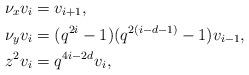
LaTeX: \begin{align*}\nu_x v_i &= v_{i+1} ,\\\nu_y v_i &= (q^{2i}-1)(q^{2(i-d-1)}-1)v_{i-1} ,\\z^2 v_i &= q^{4i-2d}v_i ,\end{align*}